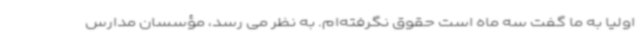
اولیا به ما گفت سه ماه است حقوق نگرفته‌ام. به نظر می رسد، مؤسسان مدارس